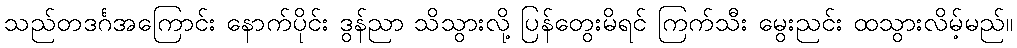
သည်တဒင်္ဂအကြောင်း နောက်ပိုင်း ဒွန်ညာ သိသွားလို့ ပြန်တွေးမိရင် ကြက်သီး မွေးညင်း ထသွားလိမ့်မည်။